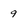
Character: 9